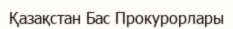
Қазақстан Бас Прокурорлары